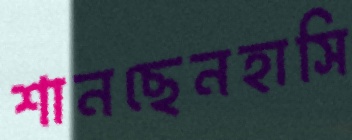
শানছেনহাসি